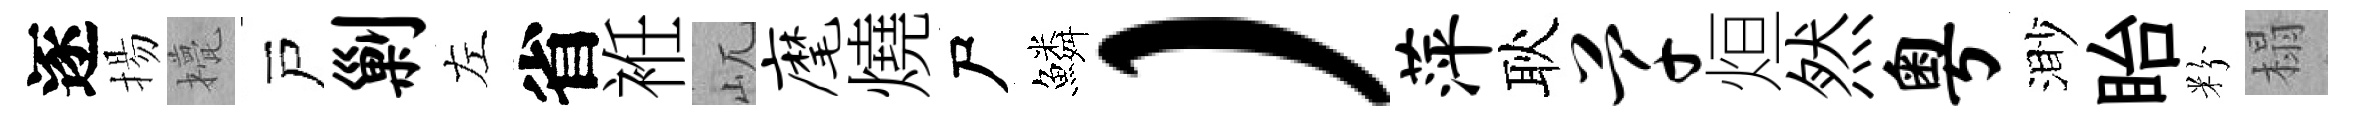
逐揚甍戸剿左省袵屼麾燒尸鱗）萍耿芊烜然粤渺眙粉榻